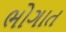
ભોગાત